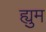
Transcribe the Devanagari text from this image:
ह्युम